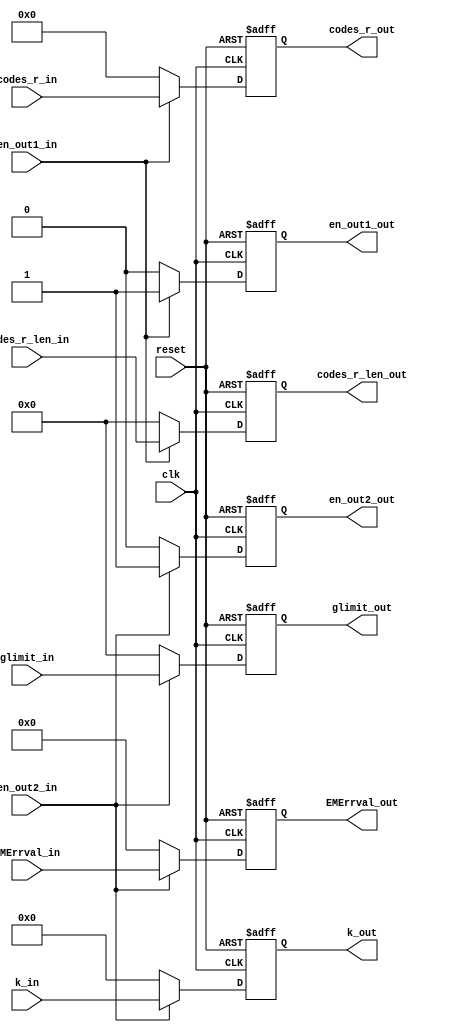
module runrun_daly(clk,reset, 
                   //output
		             k_in,
                   glimit_in,
                   codes_r_in,
                   codes_r_len_in,
						 en_out1_in,
                   EMErrval_in,
						 en_out2_in,
						 
						 k_out,
                   glimit_out,
                   codes_r_out,
                   codes_r_len_out,
						 en_out1_out,
                   EMErrval_out,
						 en_out2_out
						 );
input clk,reset;						 
input [4:0]   k_in;
input [5:0]   glimit_in;
input [5:0]   codes_r_len_in;
input [31:0]  codes_r_in; 
input   en_out1_in,en_out2_in;
input[8:0]			EMErrval_in;
						 
output [4:0]   k_out;
output [5:0]   glimit_out;
output [5:0]   codes_r_len_out;
output [31:0]  codes_r_out;
output   en_out1_out,en_out2_out;
output[8:0]			EMErrval_out;

reg [4:0]   k_out;
reg [5:0]   glimit_out;
reg [5:0]   codes_r_len_out;
reg [31:0]  codes_r_out;
 
reg   en_out1_out,en_out2_out;
reg [8:0]			EMErrval_out;
     
	  always@(posedge clk or negedge reset)
	  if(!reset)begin
	   codes_r_len_out<=0;
		codes_r_out<=0;
		en_out1_out<=0;
	  end
	  else if(en_out1_in)
	   begin
		 codes_r_len_out<=codes_r_len_in;
		 codes_r_out<=codes_r_in;
		 en_out1_out<=en_out1_in;
		end else begin
		    codes_r_len_out<=0;
		    codes_r_out<=0;
		    en_out1_out<=0;
		    end
	  
	  always@(posedge clk or negedge reset)
	  if(!reset)begin
	     k_out<=0;
		  glimit_out<=0;
		  en_out2_out<=0;
		  EMErrval_out<=0;
	  end
	  else if(en_out2_in)
	   begin
		  k_out<=k_in;
		  glimit_out<=glimit_in;
		  en_out2_out<=en_out2_in;
		  EMErrval_out<=EMErrval_in;
		end
		else begin
		   k_out<=0;
		   glimit_out<=0;
		   en_out2_out<=0;
			EMErrval_out<=0;
		  end
	  
endmodule